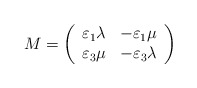
\begin{align*}M=\left( \begin{array}{cc}\varepsilon_1\lambda &-\varepsilon_1\mu\\\varepsilon_3\mu&-\varepsilon_{3}\lambda\end{array}\right) \end{align*}